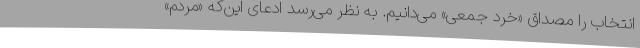
انتخاب را مصداق «خرد جمعی» می‌دانیم. به نظر می‌رسد ادعای این‌که «مردم»